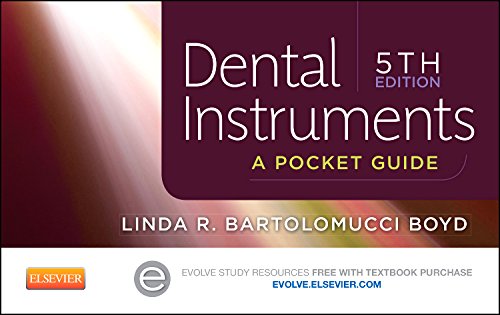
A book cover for Dental Instruments: A Pocket Guide, 5e; Linda Bartolomucci Boyd CDA  RDA  BA; Medical Books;